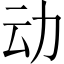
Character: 动